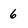
Character: 6